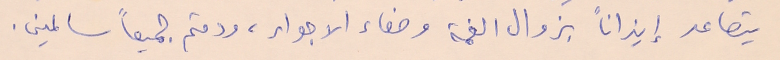
يتصاعد إيذاناً بزوال الغمة وصفاء الاجواء، ودمتم جميعاً سالمين.